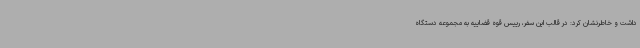
داشت و خاطرنشان کرد: در قالب این سفر، رییس قوه قضاییه به مجموعه دستگاه